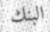
البنك